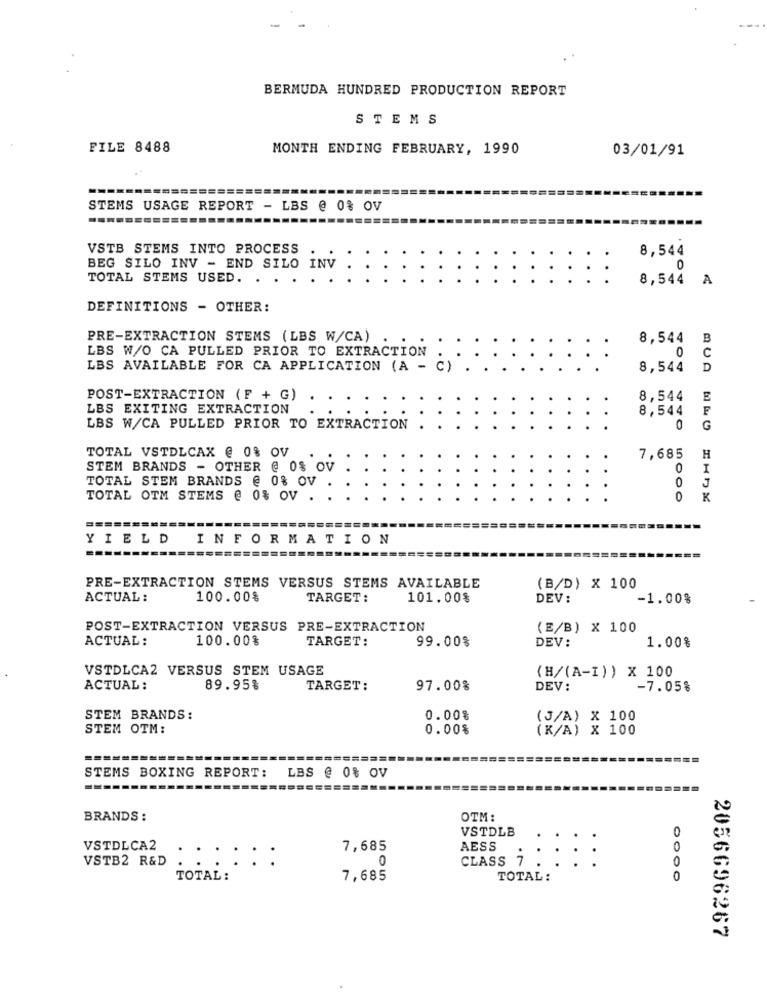
BERMUDA HUNDRED PRODUCTION REPORT
STEMS
FILE 8488
MONTH ENDING FEBRUARY, 1990
03/01/91
STEMS USAGE REPORT - LBS @ 0% OV
VSTB STEMS INTO PROCESS
8,544
BEG SILO INV - END SILO INV
0
TOTAL STEMS USED. . .
8,544 A
DEFINITIONS - OTHER:
PRE-EXTRACTION STEMS (LBS W/CA)
8,544 B
LBS W/O CA PULLED PRIOR TO EXTRACTION
0
C
LBS AVAILABLE FOR CA APPLICATION (A - C)
8,544
D
POST-EXTRACTION (F + G)
8,544
E
LBS EXITING EXTRACTION
8,544
F
LBS W/CA PULLED PRIOR TO EXTRACTION
0
G
TOTAL VSTDLCAX @ 0% OV
7,685
H
STEM BRANDS - OTHER @ 0% OV
0
I
TOTAL STEM BRANDS @ 0% OV
0
TOTAL OTM STEMS @ 0% OV .
0
K
YIELD INFORMATION
PRE-EXTRACTION STEMS VERSUS STEMS AVAILABLE
(B/D) X 100
ACTUAL:
100.00%
TARGET:
101.00%
DEV:
-1.00%
POST-EXTRACTION VERSUS PRE-EXTRACTION
(E/B) X 100
ACTUAL:
100.00%
TARGET:
99.00%
DEV:
1.00%
VSTDLCA2 VERSUS STEM USAGE
(H/(A-I)) X 100
ACTUAL:
89.95%
TARGET:
97.00%
DEV:
-7.05%
STEM BRANDS:
0.00%
(J/A) X 100
STEM OTM:
0.00%
(K/A) X 100
STEMS BOXING REPORT:
LBS @ 0% OV
BRANDS :
OTM:
VSTDLB
0
VSTDLCA2
7,685
AESS
.
0
VSTB2 R&D
::
CLASS 7
0
0
TOTAL :
7,685
TOTAL :
0
2056696267